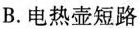
B.电热壶短路